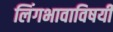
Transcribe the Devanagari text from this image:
लिंगभावाविषयी